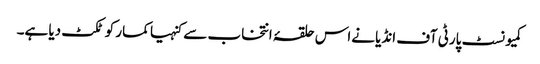
کمیونسٹ پارٹی آف انڈیا نےاس حلقۂ انتخاب سے کنہیا کمار کو ٹکٹ دیا ہے۔